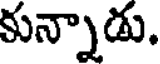
కున్నాడు.